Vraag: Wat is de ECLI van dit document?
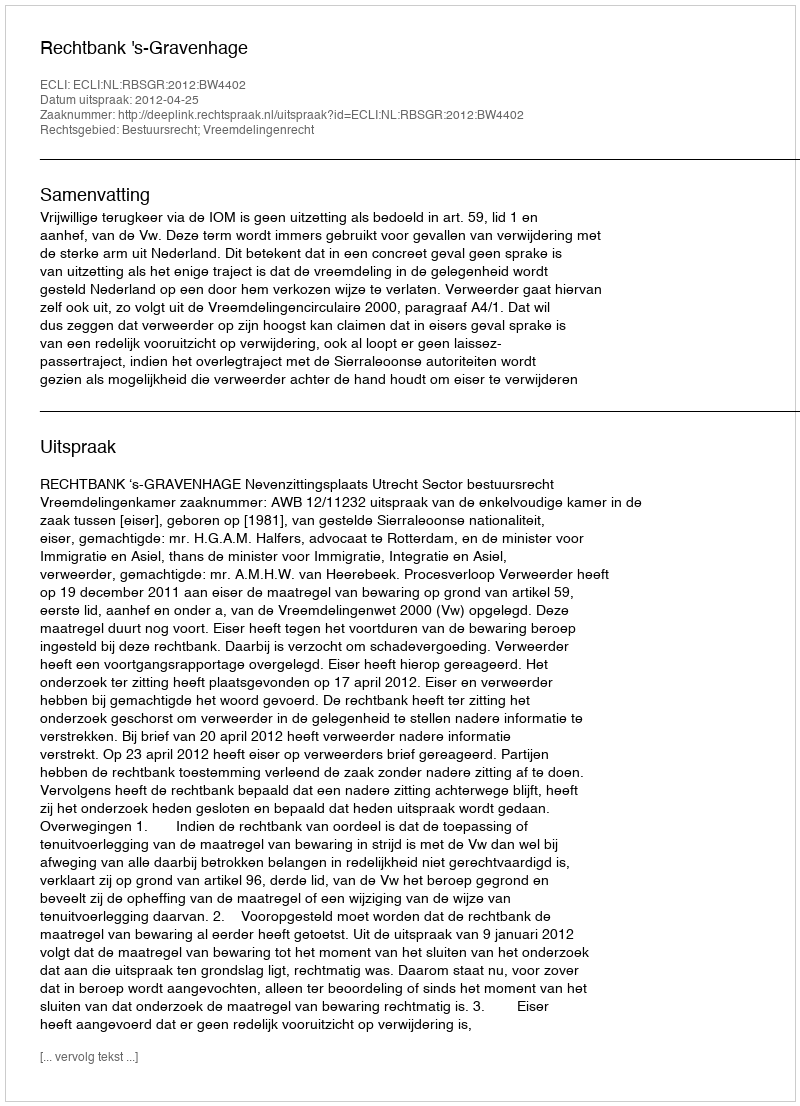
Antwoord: ECLI:NL:RBSGR:2012:BW4402